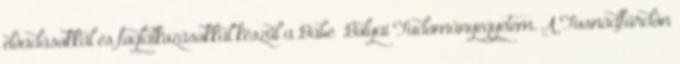
előadásokkal és foglalkozásokkal készül a Babeș–Bolyai Tudományegyetem. A Tusnádfürdőn